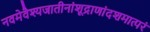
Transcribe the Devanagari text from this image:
नवमेवैश्यजातीनांशूद्राणांदशमात्परं